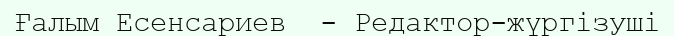
Ғалым Есенсариев  - Редактор-жүргізуші